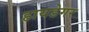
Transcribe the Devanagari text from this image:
हायडेगर